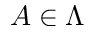
A \in \Lambda